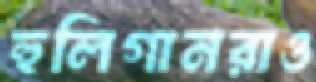
হুলিগানরাও